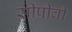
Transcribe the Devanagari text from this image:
सीपीवी